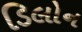
ડિલોન